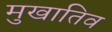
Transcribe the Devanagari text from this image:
मुखातिव